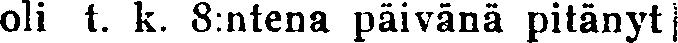
oli t. k. 8:ntena päivänä pitänyt